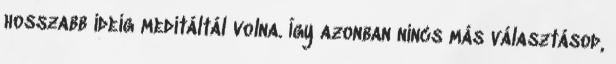
hosszabb ideig meditáltál volna. Így azonban nincs más választásod,